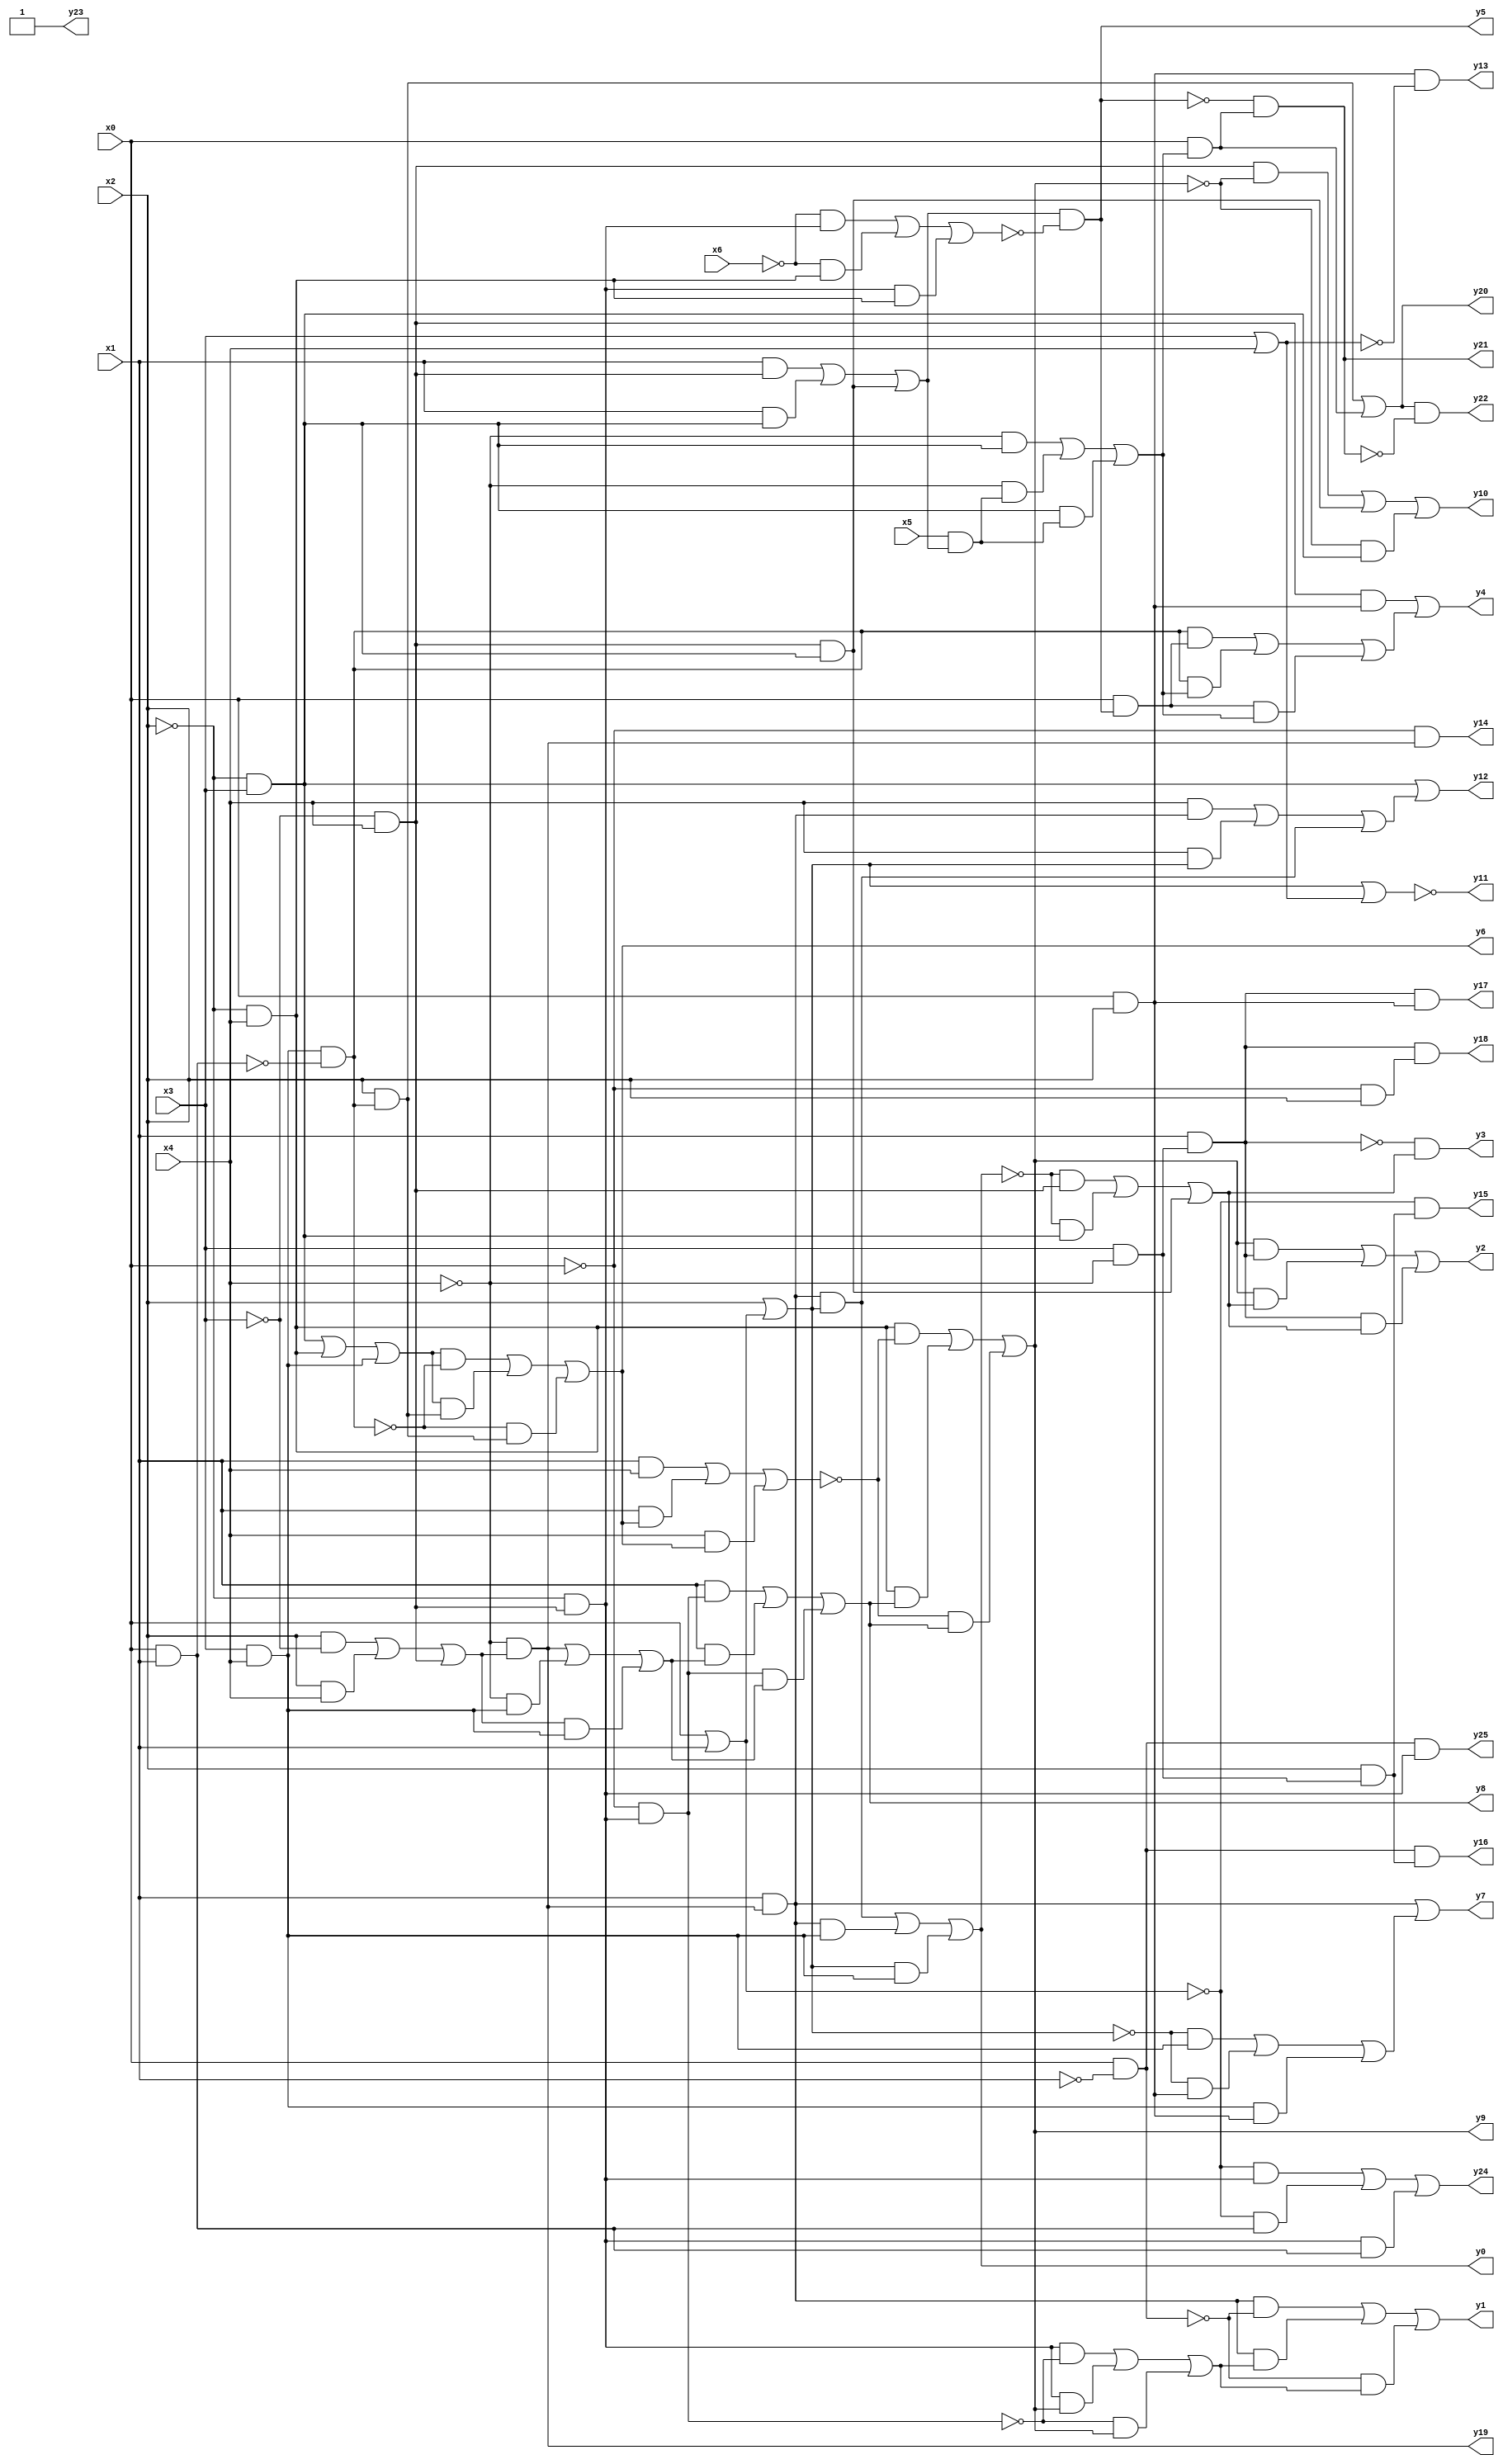
module top( x0 , x1 , x2 , x3 , x4 , x5 , x6 , y0 , y1 , y2 , y3 , y4 , y5 , y6 , y7 , y8 , y9 , y10 , y11 , y12 , y13 , y14 , y15 , y16 , y17 , y18 , y19 , y20 , y21 , y22 , y23 , y24 , y25 );
  input x0 , x1 , x2 , x3 , x4 , x5 , x6 ;
  output y0 , y1 , y2 , y3 , y4 , y5 , y6 , y7 , y8 , y9 , y10 , y11 , y12 , y13 , y14 , y15 , y16 , y17 , y18 , y19 , y20 , y21 , y22 , y23 , y24 , y25 ;
  wire n8 , n9 , n10 , n11 , n12 , n13 , n14 , n15 , n16 , n17 , n18 , n19 , n20 , n21 , n22 , n23 , n24 , n25 , n26 , n27 , n28 , n29 , n30 , n31 , n32 , n33 , n34 , n35 , n36 , n37 , n38 , n39 , n40 , n41 , n42 , n43 , n44 , n45 , n46 , n47 , n48 , n49 , n50 , n51 , n52 , n53 , n54 , n55 , n56 , n57 , n58 , n59 , n60 , n61 , n62 , n63 , n64 , n65 , n66 , n67 ;
  assign n8 = ( x2 & ~x3 ) | ( x2 & x4 ) | ( ~x3 & x4 ) ;
  assign n9 = ~x4 & n8 ;
  assign n10 = x1 & n9 ;
  assign n11 = x0 | x1 ;
  assign n12 = x2 | n11 ;
  assign n13 = x3 & x4 ;
  assign n14 = ( n10 & n12 ) | ( n10 & n13 ) | ( n12 & n13 ) ;
  assign n15 = x0 & ~x1 ;
  assign n16 = ~x3 & x4 ;
  assign n17 = ~x2 & n16 ;
  assign n18 = ~x0 & n17 ;
  assign n19 = ~x2 & x4 ;
  assign n20 = ( ~x2 & x3 ) | ( ~x2 & x4 ) | ( x3 & x4 ) ;
  assign n21 = x0 & x1 ;
  assign n22 = n13 & ~n21 ;
  assign n23 = x2 & n22 ;
  assign n24 = ( n20 & ~n22 ) | ( n20 & n23 ) | ( ~n22 & n23 ) ;
  assign n25 = ( x1 & x4 ) | ( x1 & n24 ) | ( x4 & n24 ) ;
  assign n26 = ( ~x4 & n8 ) | ( ~x4 & n13 ) | ( n8 & n13 ) ;
  assign n27 = ( x1 & n18 ) | ( x1 & n26 ) | ( n18 & n26 ) ;
  assign n28 = ( n19 & ~n25 ) | ( n19 & n27 ) | ( ~n25 & n27 ) ;
  assign n29 = ( n17 & ~n18 ) | ( n17 & n28 ) | ( ~n18 & n28 ) ;
  assign n30 = ( n10 & ~n15 ) | ( n10 & n29 ) | ( ~n15 & n29 ) ;
  assign n31 = x3 & ~x4 ;
  assign n32 = x1 & n31 ;
  assign n33 = ~x2 & x3 ;
  assign n34 = ( ~n14 & n16 ) | ( ~n14 & n33 ) | ( n16 & n33 ) ;
  assign n35 = ( n28 & n32 ) | ( n28 & n34 ) | ( n32 & n34 ) ;
  assign n36 = ~n32 & n34 ;
  assign n37 = x0 & x2 ;
  assign n38 = n16 & n37 ;
  assign n39 = ( x1 & n16 ) | ( x1 & n33 ) | ( n16 & n33 ) ;
  assign n40 = ( ~x6 & n17 ) | ( ~x6 & n19 ) | ( n17 & n19 ) ;
  assign n41 = n39 & ~n40 ;
  assign n42 = x0 & n41 ;
  assign n43 = x5 & n39 ;
  assign n44 = ( ~x4 & n33 ) | ( ~x4 & n43 ) | ( n33 & n43 ) ;
  assign n45 = ( n22 & n42 ) | ( n22 & n44 ) | ( n42 & n44 ) ;
  assign n46 = n38 | n45 ;
  assign n47 = ( ~n12 & n13 ) | ( ~n12 & n37 ) | ( n13 & n37 ) ;
  assign n48 = n10 | n47 ;
  assign n49 = ( n16 & ~n28 ) | ( n16 & n33 ) | ( ~n28 & n33 ) ;
  assign n50 = x3 | x4 ;
  assign n51 = n12 | n50 ;
  assign n52 = ( x4 & n10 ) | ( x4 & n12 ) | ( n10 & n12 ) ;
  assign n53 = n33 | n52 ;
  assign n54 = n37 & ~n50 ;
  assign n55 = ~x0 & n9 ;
  assign n56 = x2 & n31 ;
  assign n57 = ~n11 & n56 ;
  assign n58 = n15 & n56 ;
  assign n59 = n32 & n37 ;
  assign n60 = ~x0 & x2 ;
  assign n61 = n32 & n60 ;
  assign n62 = x0 & n44 ;
  assign n63 = n23 | n62 ;
  assign n64 = ~n41 & n62 ;
  assign n65 = n63 & ~n64 ;
  assign n66 = ( ~n11 & n17 ) | ( ~n11 & n21 ) | ( n17 & n21 ) ;
  assign n67 = n15 & n17 ;
  assign y0 = n14 ;
  assign y1 = n30 ;
  assign y2 = n35 ;
  assign y3 = n36 ;
  assign y4 = n46 ;
  assign y5 = n41 ;
  assign y6 = n24 ;
  assign y7 = n48 ;
  assign y8 = n27 ;
  assign y9 = n28 ;
  assign y10 = n49 ;
  assign y11 = ~n51 ;
  assign y12 = n53 ;
  assign y13 = n54 ;
  assign y14 = n55 ;
  assign y15 = n57 ;
  assign y16 = n58 ;
  assign y17 = n59 ;
  assign y18 = n61 ;
  assign y19 = n9 ;
  assign y20 = n63 ;
  assign y21 = n64 ;
  assign y22 = n65 ;
  assign y23 = ~1'b0 ;
  assign y24 = n66 ;
  assign y25 = n67 ;
endmodule